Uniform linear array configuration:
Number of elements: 24
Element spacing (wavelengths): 1
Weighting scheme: cosine
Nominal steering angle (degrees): -60
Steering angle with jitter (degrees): -60.325
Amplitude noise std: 0.05
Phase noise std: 0.05

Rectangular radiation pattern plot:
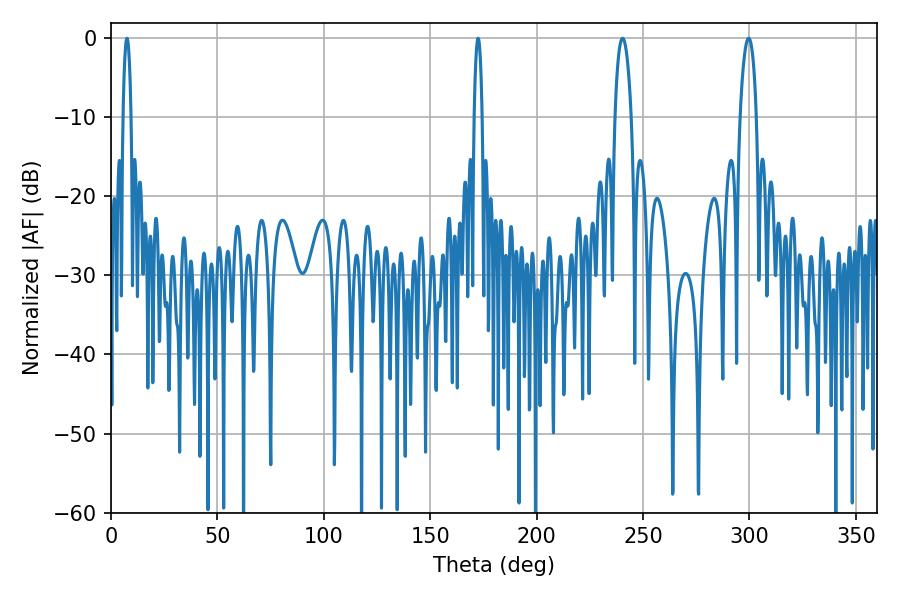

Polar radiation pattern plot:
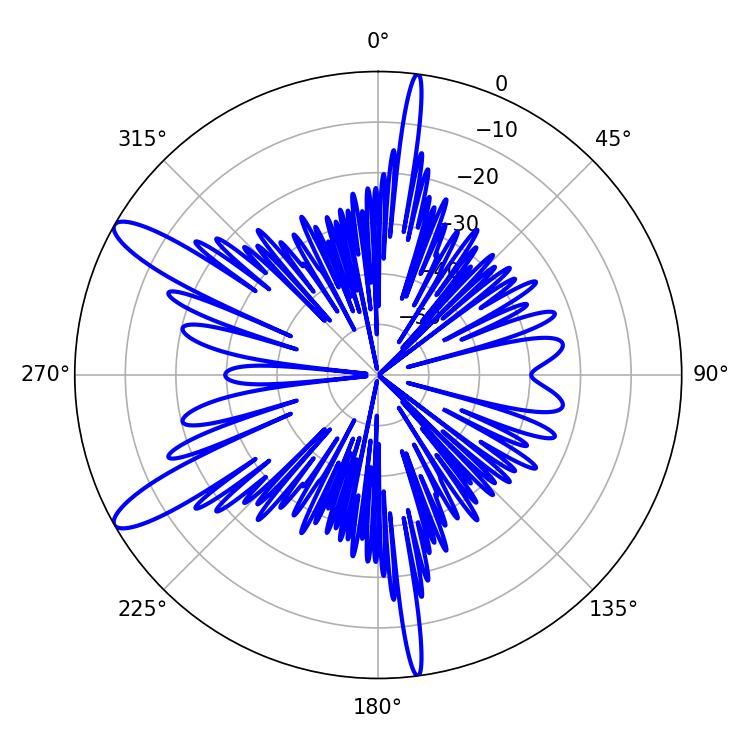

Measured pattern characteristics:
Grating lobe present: TRUE
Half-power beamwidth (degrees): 4.32
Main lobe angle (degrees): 240.3